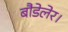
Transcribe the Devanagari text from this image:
बौडेलेर।